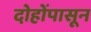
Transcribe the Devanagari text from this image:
दोहोंपासून